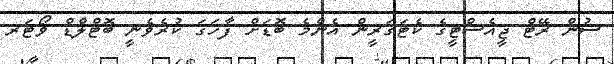
ސުން ރޭޓް ޖީއެސްޓީގެ ކެޓަގަރީން އެންމެ ބޮޑަށް ފާހަގަ ކުރެވެނީ ބޮޓްލްޑް ވޯޓަރ